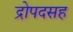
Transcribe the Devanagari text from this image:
द्रोपदसह